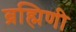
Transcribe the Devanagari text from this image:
ब्रह्मिणी